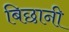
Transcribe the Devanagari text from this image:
बिछानी